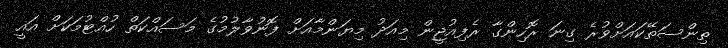
ތިންސަތޭކައަށްވުރެ ގިނަ ރޮހިންގާ ރެފިއުޖީން މިއަދު މިޔަންމާއަށް ފޮނުވާލުމުގެ މަސައްކަތް ހުއްޓުމަކަށް އައީ